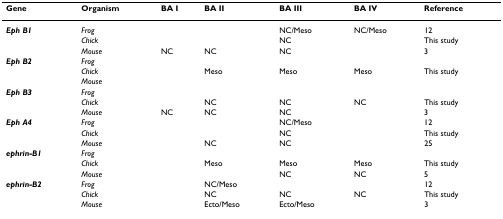
<table><thead><tr><td><b>Gene</b></td><td><b>Organism</b></td><td><b>BA I</b></td><td><b>BA II</b></td><td><b>BA III</b></td><td><b>BA IV</b></td><td><b>Reference</b></td></tr></thead><tbody><tr><td><b><i>Eph B1</i></b></td><td><i>Frog</i></td><td></td><td></td><td>NC/Meso</td><td>NC/Meso</td><td>12</td></tr><tr><td></td><td><i>Chick</i></td><td></td><td></td><td>NC</td><td></td><td>This study</td></tr><tr><td></td><td><i>Mouse</i></td><td>NC</td><td>NC</td><td>NC</td><td></td><td>3</td></tr><tr><td><b><i>Eph B2</i></b></td><td><i>Frog</i></td><td></td><td></td><td></td><td></td><td></td></tr><tr><td></td><td><i>Chick</i></td><td></td><td>Meso</td><td>Meso</td><td>Meso</td><td>This study</td></tr><tr><td></td><td><i>Mouse</i></td><td></td><td></td><td></td><td></td><td></td></tr><tr><td><b><i>Eph B3</i></b></td><td><i>Frog</i></td><td></td><td></td><td></td><td></td><td></td></tr><tr><td></td><td><i>Chick</i></td><td></td><td>NC</td><td>NC</td><td>NC</td><td>This study</td></tr><tr><td></td><td><i>Mouse</i></td><td>NC</td><td>NC</td><td>NC</td><td></td><td>3</td></tr><tr><td><b><i>Eph A4</i></b></td><td><i>Frog</i></td><td></td><td></td><td>NC/Meso</td><td></td><td>12</td></tr><tr><td></td><td><i>Chick</i></td><td></td><td></td><td>NC</td><td></td><td>This study</td></tr><tr><td></td><td><i>Mouse</i></td><td></td><td>NC</td><td>NC</td><td></td><td>25</td></tr><tr><td><b><i>ephrin-B1</i></b></td><td><i>Frog</i></td><td></td><td></td><td></td><td></td><td></td></tr><tr><td></td><td><i>Chick</i></td><td></td><td>Meso</td><td>Meso</td><td>Meso</td><td>This study</td></tr><tr><td></td><td><i>Mouse</i></td><td></td><td></td><td>NC</td><td>NC</td><td>5</td></tr><tr><td><b><i>ephrin-B2</i></b></td><td><i>Frog</i></td><td></td><td>NC/Meso</td><td></td><td></td><td>12</td></tr><tr><td></td><td><i>Chick</i></td><td></td><td>NC</td><td>NC</td><td>NC</td><td>This study</td></tr><tr><td></td><td><i>Mouse</i></td><td></td><td>Ecto/Meso</td><td>Ecto/Meso</td><td></td><td>3</td></tr></tbody></table>